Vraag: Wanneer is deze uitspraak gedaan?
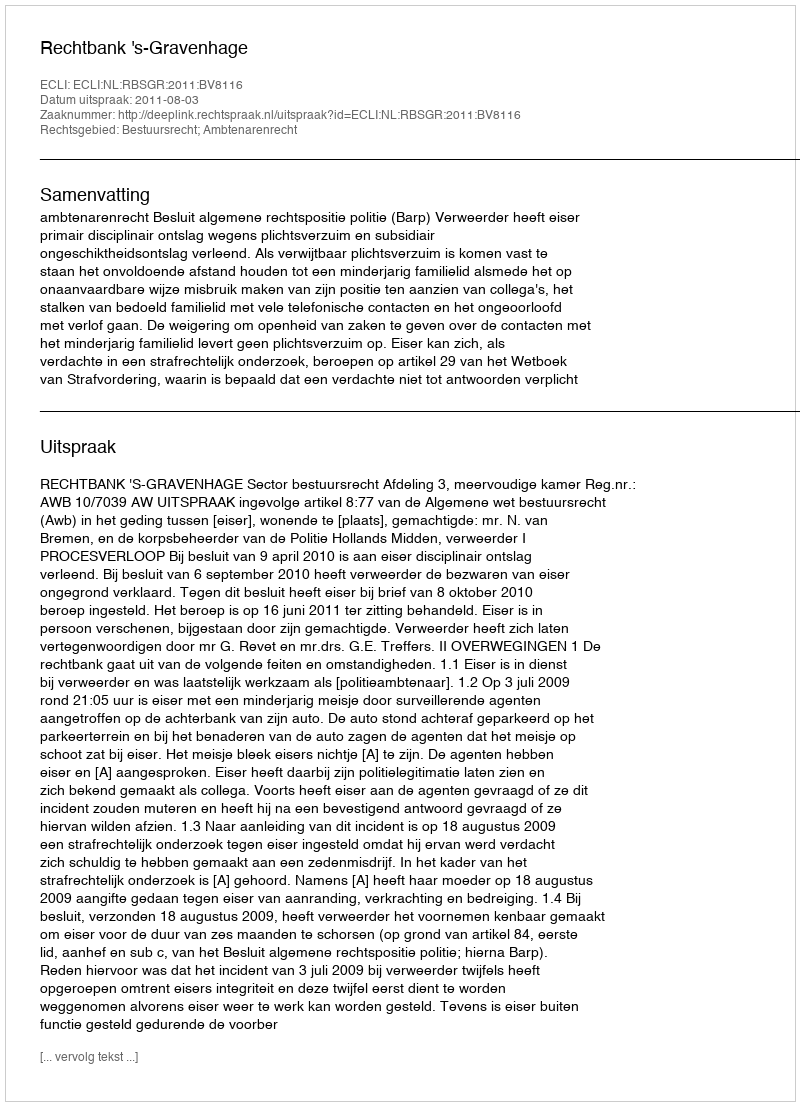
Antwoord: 2011-08-03